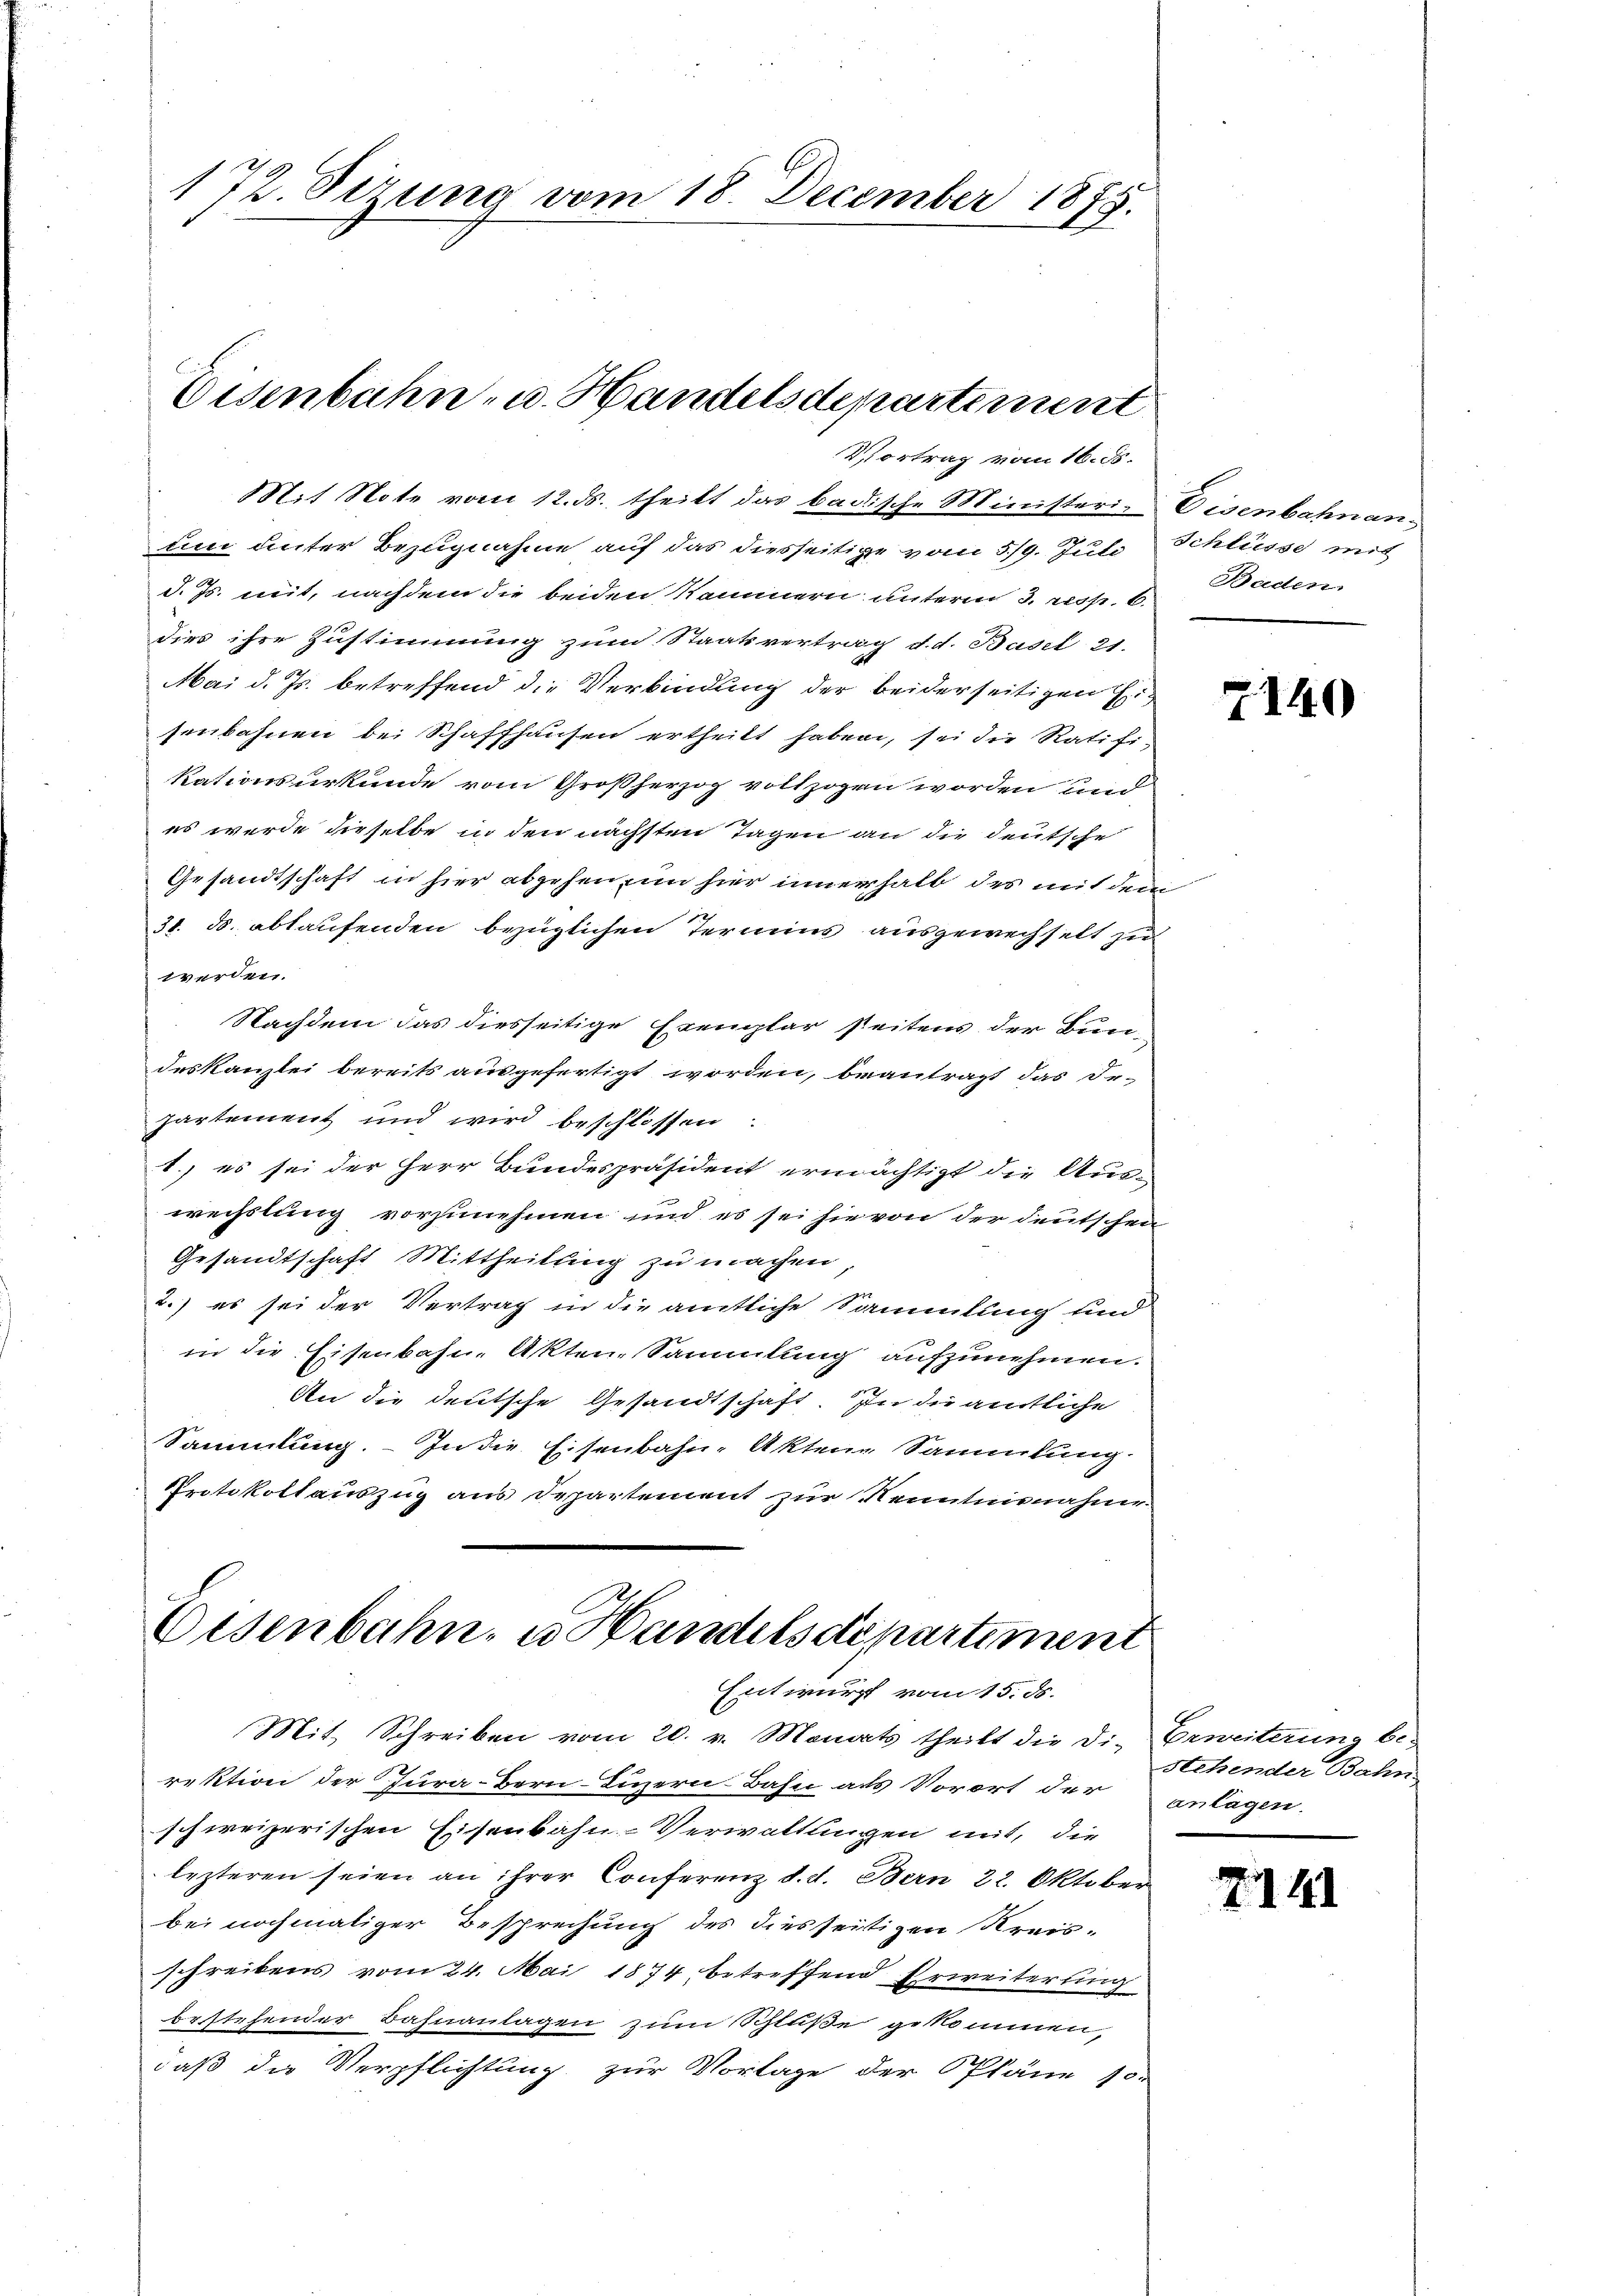
172. Sizung vom 18. December 1875.
E

Eisenbahn- u. Handelsdepartement

Mit Note vom 12. ds. theilt das badische Ministeri-Eisenbahnan
um unter Bezugnahme auf das diesseitige vom 5/9. Juli Schlüsse mit
d. Js. mit, nachdem die beiden Rännern unterm 3. resp. 6.
dies ihre Zustimmung zum Staatsvertrag d. d. Basel 21.
Mai d. Js. betreffend die Verbindung der beiderseitigen Eisenbahnen bei Schaffhausen ertheilt haben, sei die Ratifi-
Rationsurkunde vom Großherzog vollzogen worden und
es wurde dieselbe in den nächsten Tagen an die deutsche
Gesandtschaft in hier abgehen un hier innerhalb des mit dem
31. ds. ablaufenden bezüglichen Termins ausgewechselt zu
werden.
Nachdem das diesseitige Exemplar steitens der Bun-
deskanzlei bereits ausgefertigt worden, beantragt das De¬
Partement und wird beschlossen:
1.) es sei der Herr Bundespräsident ermächtigt die Auswechslung vorzunehmen und es sei sie von der deutschen
Gesandtschaft Mittheilung zu machen,
2.) es sei der Vertrag in die amtliche Sammlung sind
in die Eisenbahn-Akten-Sammlung aufzunehmen.
An die deutsche Gesandtschaft. In die amtliche
Sammlung. - In die Eisenbahn-Akten-Sammlung.
Protokollauszug aus Departement zur Kenntnisnahme
Eisenbahn u. Handelsdepartement

Vortrag vom 16. ds.

Entwurf vom 15. ds.

Mit Schreiben vom 20. v. Monats theilt die die Erweiterung be-
rektion der Jura-Bern-Luzern Bahn als Vorort der
schweizerischen Eisenbahn-Verwaltungen mit, die
lezteren seien an ihrer Conferenz d. d. Bern 22. Oktober
bei nochmaliger Besprechung des diesseitigen Kreis-
schreibens vom 24. Mai 1874, betreffend Erweiterung
bestehender Bahnanlagen zum Schluße gekommen,
daß die Verpflichtung zur Vorlage der Pläne 10.

Baden.

7140

stehender Bahn
anlagen.

741